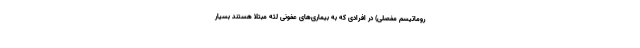
روماتیسم مفصلی) در افرادی که به بیماری‌های عفونی لثه مبتلا هستند بسیار